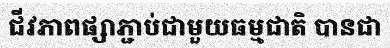
ជីវភាពផ្សាភ្ជាប់ជាមួយធម្មជាតិ បានជា